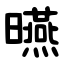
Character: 曣